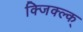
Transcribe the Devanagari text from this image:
क्जिक्ल्क्